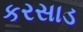
કરસાડ